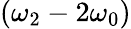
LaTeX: (\omega_{2}-2\omega_{0})